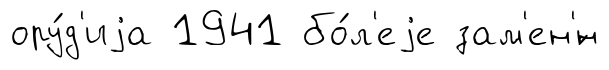
ору́д'иjа 1941 бо́л'еjе зам'ен'́н